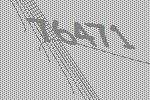
76471